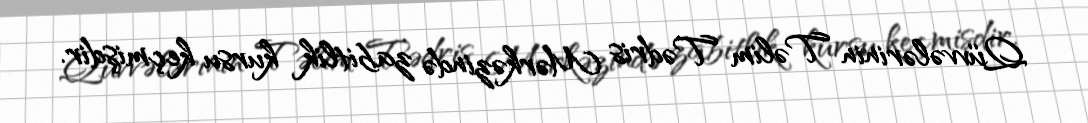
Qüvvələrinin Təlim Tədris Mərkəzində zabitlik kursu keçmişdir.